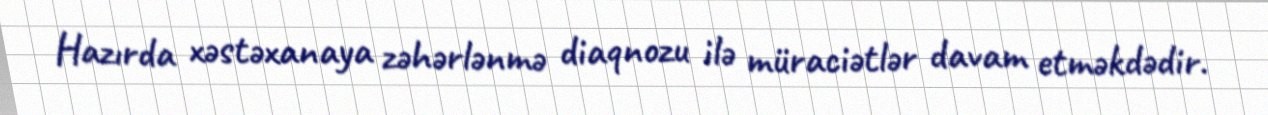
Hazırda xəstəxanaya zəhərlənmə diaqnozu ilə müraciətlər davam etməkdədir.